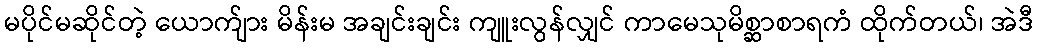
မပိုင်မဆိုင်တဲ့ ယောက်ျား မိန်းမ အချင်းချင်း ကျူးလွန်လျှင် ကာမေသုမိစ္ဆာစာရကံ ထိုက်တယ်၊ အဲဒီ